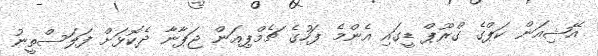
އޭޝިއަން ކަޕްގެ ގްރޫޕް ޑީގައި އެންމެ ފަހުގެ ޗެމްޕިއަން ޖަޕާނާ ދެކޮޅަށް ފަލަސްތީނު